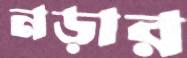
নড়ার